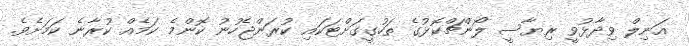
އަނިލް ވިދާޅުވީ ރިޔާސީ ލޯންޗްކޮޅުގެ ތަހުގީގަށްޓަކައި ކުރަންޖެހުނު ކޮންމެ ކަމެއް ކުރާނެ ކަމަށެވެ.